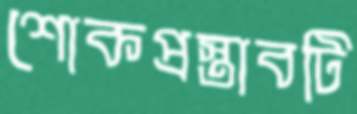
শোকপ্রস্তাবটি